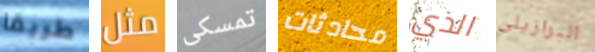
طريقا مثل تمسكى محادثات الذي البرازيلي